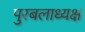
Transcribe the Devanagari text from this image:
पुरबलाध्यक्ष